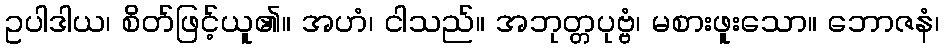
ဥပါဒါယ၊ စိတ်ဖြင့်ယူ၏။ အဟံ၊ ငါသည်။ အဘုတ္တပုဗ္ဗံ၊ မစားဖူးသော။ ဘောဇနံ၊